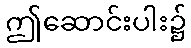
ဤဆောင်းပါး၌